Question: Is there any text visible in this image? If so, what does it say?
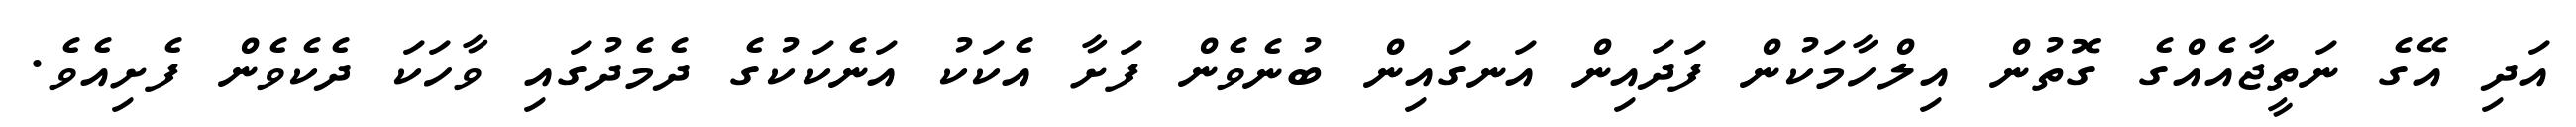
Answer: އަދި އޭގެ ނަތީޖާއެއްގެ ގޮތުން އިލްހާމަކުން ފަދައިން އަނގައިން ބުނެވެން ފަށާ އެކަކު އަނެކަކުގެ ދެމެދުގައި ވާހަކަ ދެކެވެން ފެށިއެވެ.